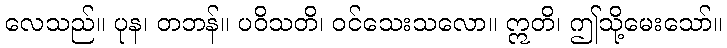
လေသည်။ ပုန၊ တဘန်။ ပဝိသတိ၊ ဝင်သေးသလော။ ဣတိ၊ ဤသို့မေးသော်။